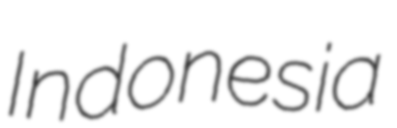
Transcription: Indonesia